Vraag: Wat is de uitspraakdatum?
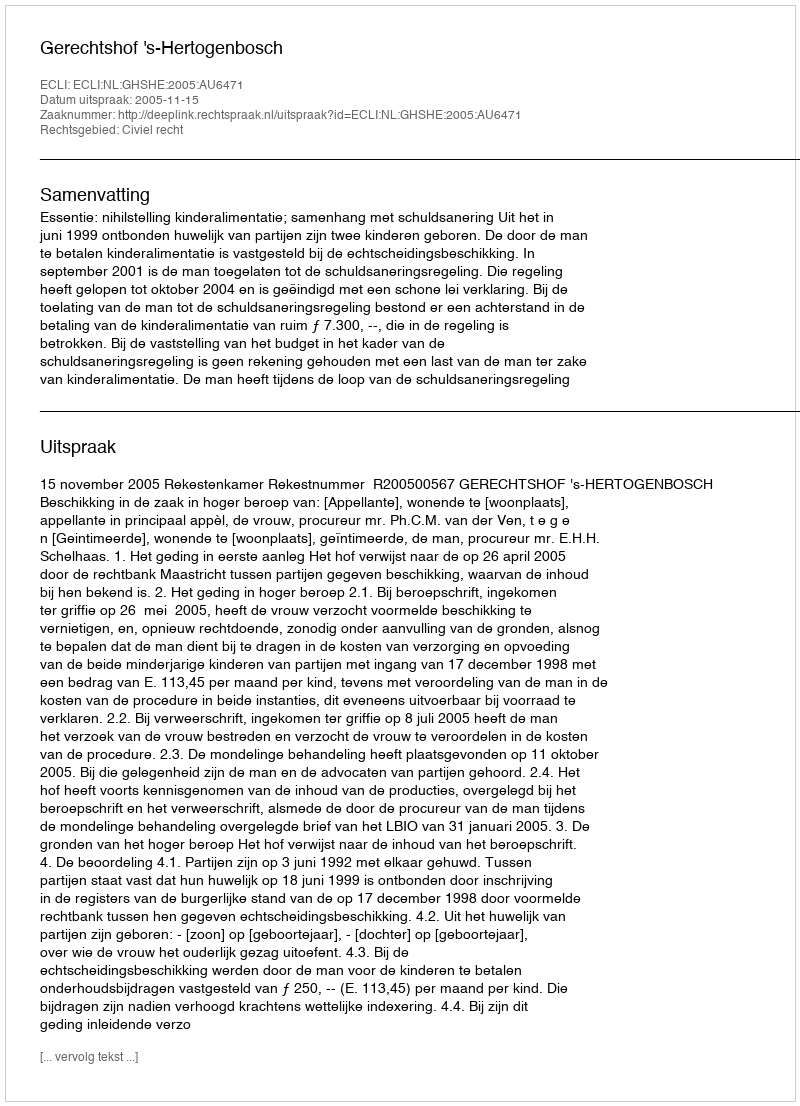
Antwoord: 2005-11-15